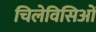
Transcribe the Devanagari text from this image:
चिलेविसिओं